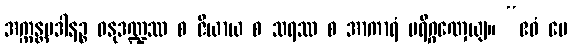
အက္ကန္တပဒါနဉ္စ ဓနုဒဏ္ဍဿ စ ဇိယာယ စ သရဿ စ အာကာရံ ပရိဂ္ဂဏှေယျ။ “ဧဝံ မေ